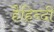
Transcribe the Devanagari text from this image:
हैंहिन्दी